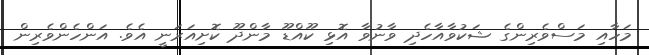
މަހާއި މަސްވެރިންގެ ޝަކުވާއާހެދި ވާނުވާ އޮޅި ކޫއްޑޫ މާންދޫ ކޮށިއަރަނީ އެވެ. އަންހެންވެރިން